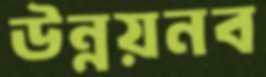
উন্নয়নব